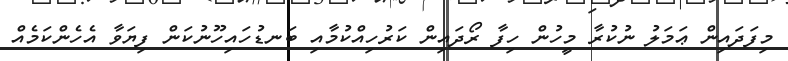
މިފަދައިން ޢަމަލު ނުކުރާ މީހުން ހިފާ ރޯދައިން ކަރުހިއްކުމާއި ބަނޑުހައިހޫނުކަން ފިޔަވާ އެހެންކަމެއް